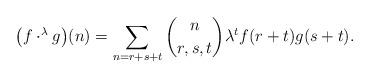
LaTeX: \begin{align*}\big(f\cdot^{\lambda}g\big)(n)=\sum_{n=r+s+t}{\binom{n}{r,s,t}\lambda^t f(r+t) g(s+t)} .\end{align*}